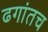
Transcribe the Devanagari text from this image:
ढगांतच